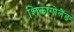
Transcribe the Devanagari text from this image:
शिकागोलैंड